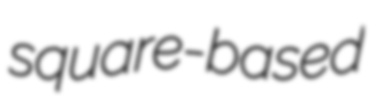
square-based